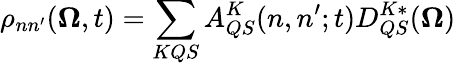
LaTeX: \rho_{nn^{\prime}}(\mathbf{\Omega},t)=\sum_{KQS}A_{QS}^{K}(n,n^{\prime};t)D_{QS}^{K*}(\mathbf{\Omega})